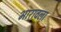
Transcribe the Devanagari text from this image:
भारावला